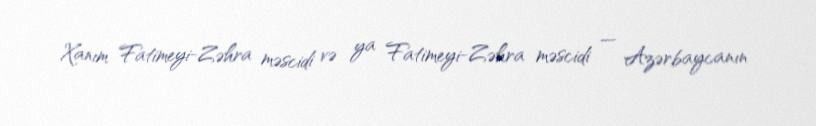
Xanım Fatimeyi-Zəhra məscidi və ya Fatimeyi-Zəhra məscidi — Azərbaycanın